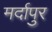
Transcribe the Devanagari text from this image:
मर्दापुर